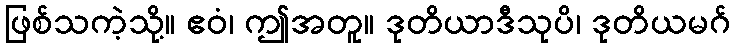
ဖြစ်သကဲ့သို့။ ဧဝံ၊ ဤအတူ။ ဒုတိယာဒီသုပိ၊ ဒုတိယမဂ်